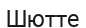
Шютте